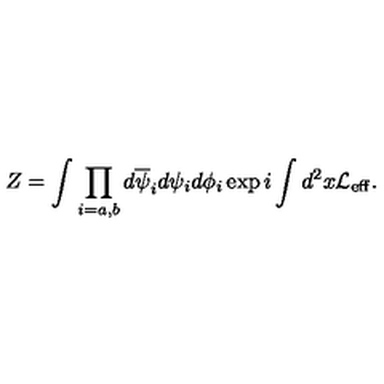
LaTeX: Z = \int \prod _ { i = a , b } d \overline { { \psi } } _ { i } d \psi _ { i } d \phi _ { i } \exp i \int d ^ { 2 } x { \cal L _ { \mathrm { e f f } } } .